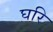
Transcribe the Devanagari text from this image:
घरि